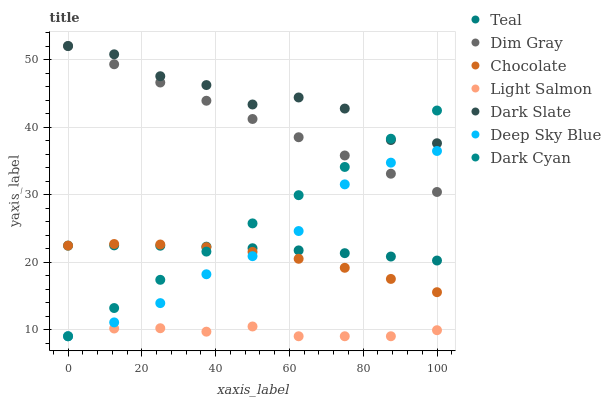
| xaxis_label | Teal | Dim Gray | Chocolate | Light Salmon | Dark Slate | Deep Sky Blue | Dark Cyan |
 | --- | --- | --- | --- | --- | --- | --- | --- |
 | 0 | 22.4 | 52 | 22.4 | 9 | 52 | 9 | 9 |
 | 12.5 | 22.5 | 49.3 | 22.7 | 10.1 | 50.8 | 11.1 | 13.2 |
 | 25 | 22.4 | 46.6 | 22.6 | 10.2 | 47.5 | 13.9 | 17.4 |
 | 37.5 | 22.3 | 43.9 | 22.2 | 9.68 | 46.2 | 18.2 | 21.5 |
 | 50 | 22 | 41.2 | 21.5 | 10.4 | 43.3 | 20.9 | 25.7 |
 | 62.5 | 21.7 | 38.5 | 20.5 | 9 | 44.4 | 24.6 | 29.9 |
 | 75 | 21.3 | 35.8 | 19.1 | 9 | 42.7 | 31.5 | 34.1 |
 | 87.5 | 20.8 | 33.1 | 17.5 | 9 | 38.1 | 34.7 | 38.3 |
 | 100 | 20.2 | 30.4 | 15.5 | 9.9 | 37.6 | 36.5 | 42.4 |